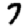
Digit: 7